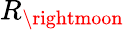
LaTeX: R_{\rightmoon}